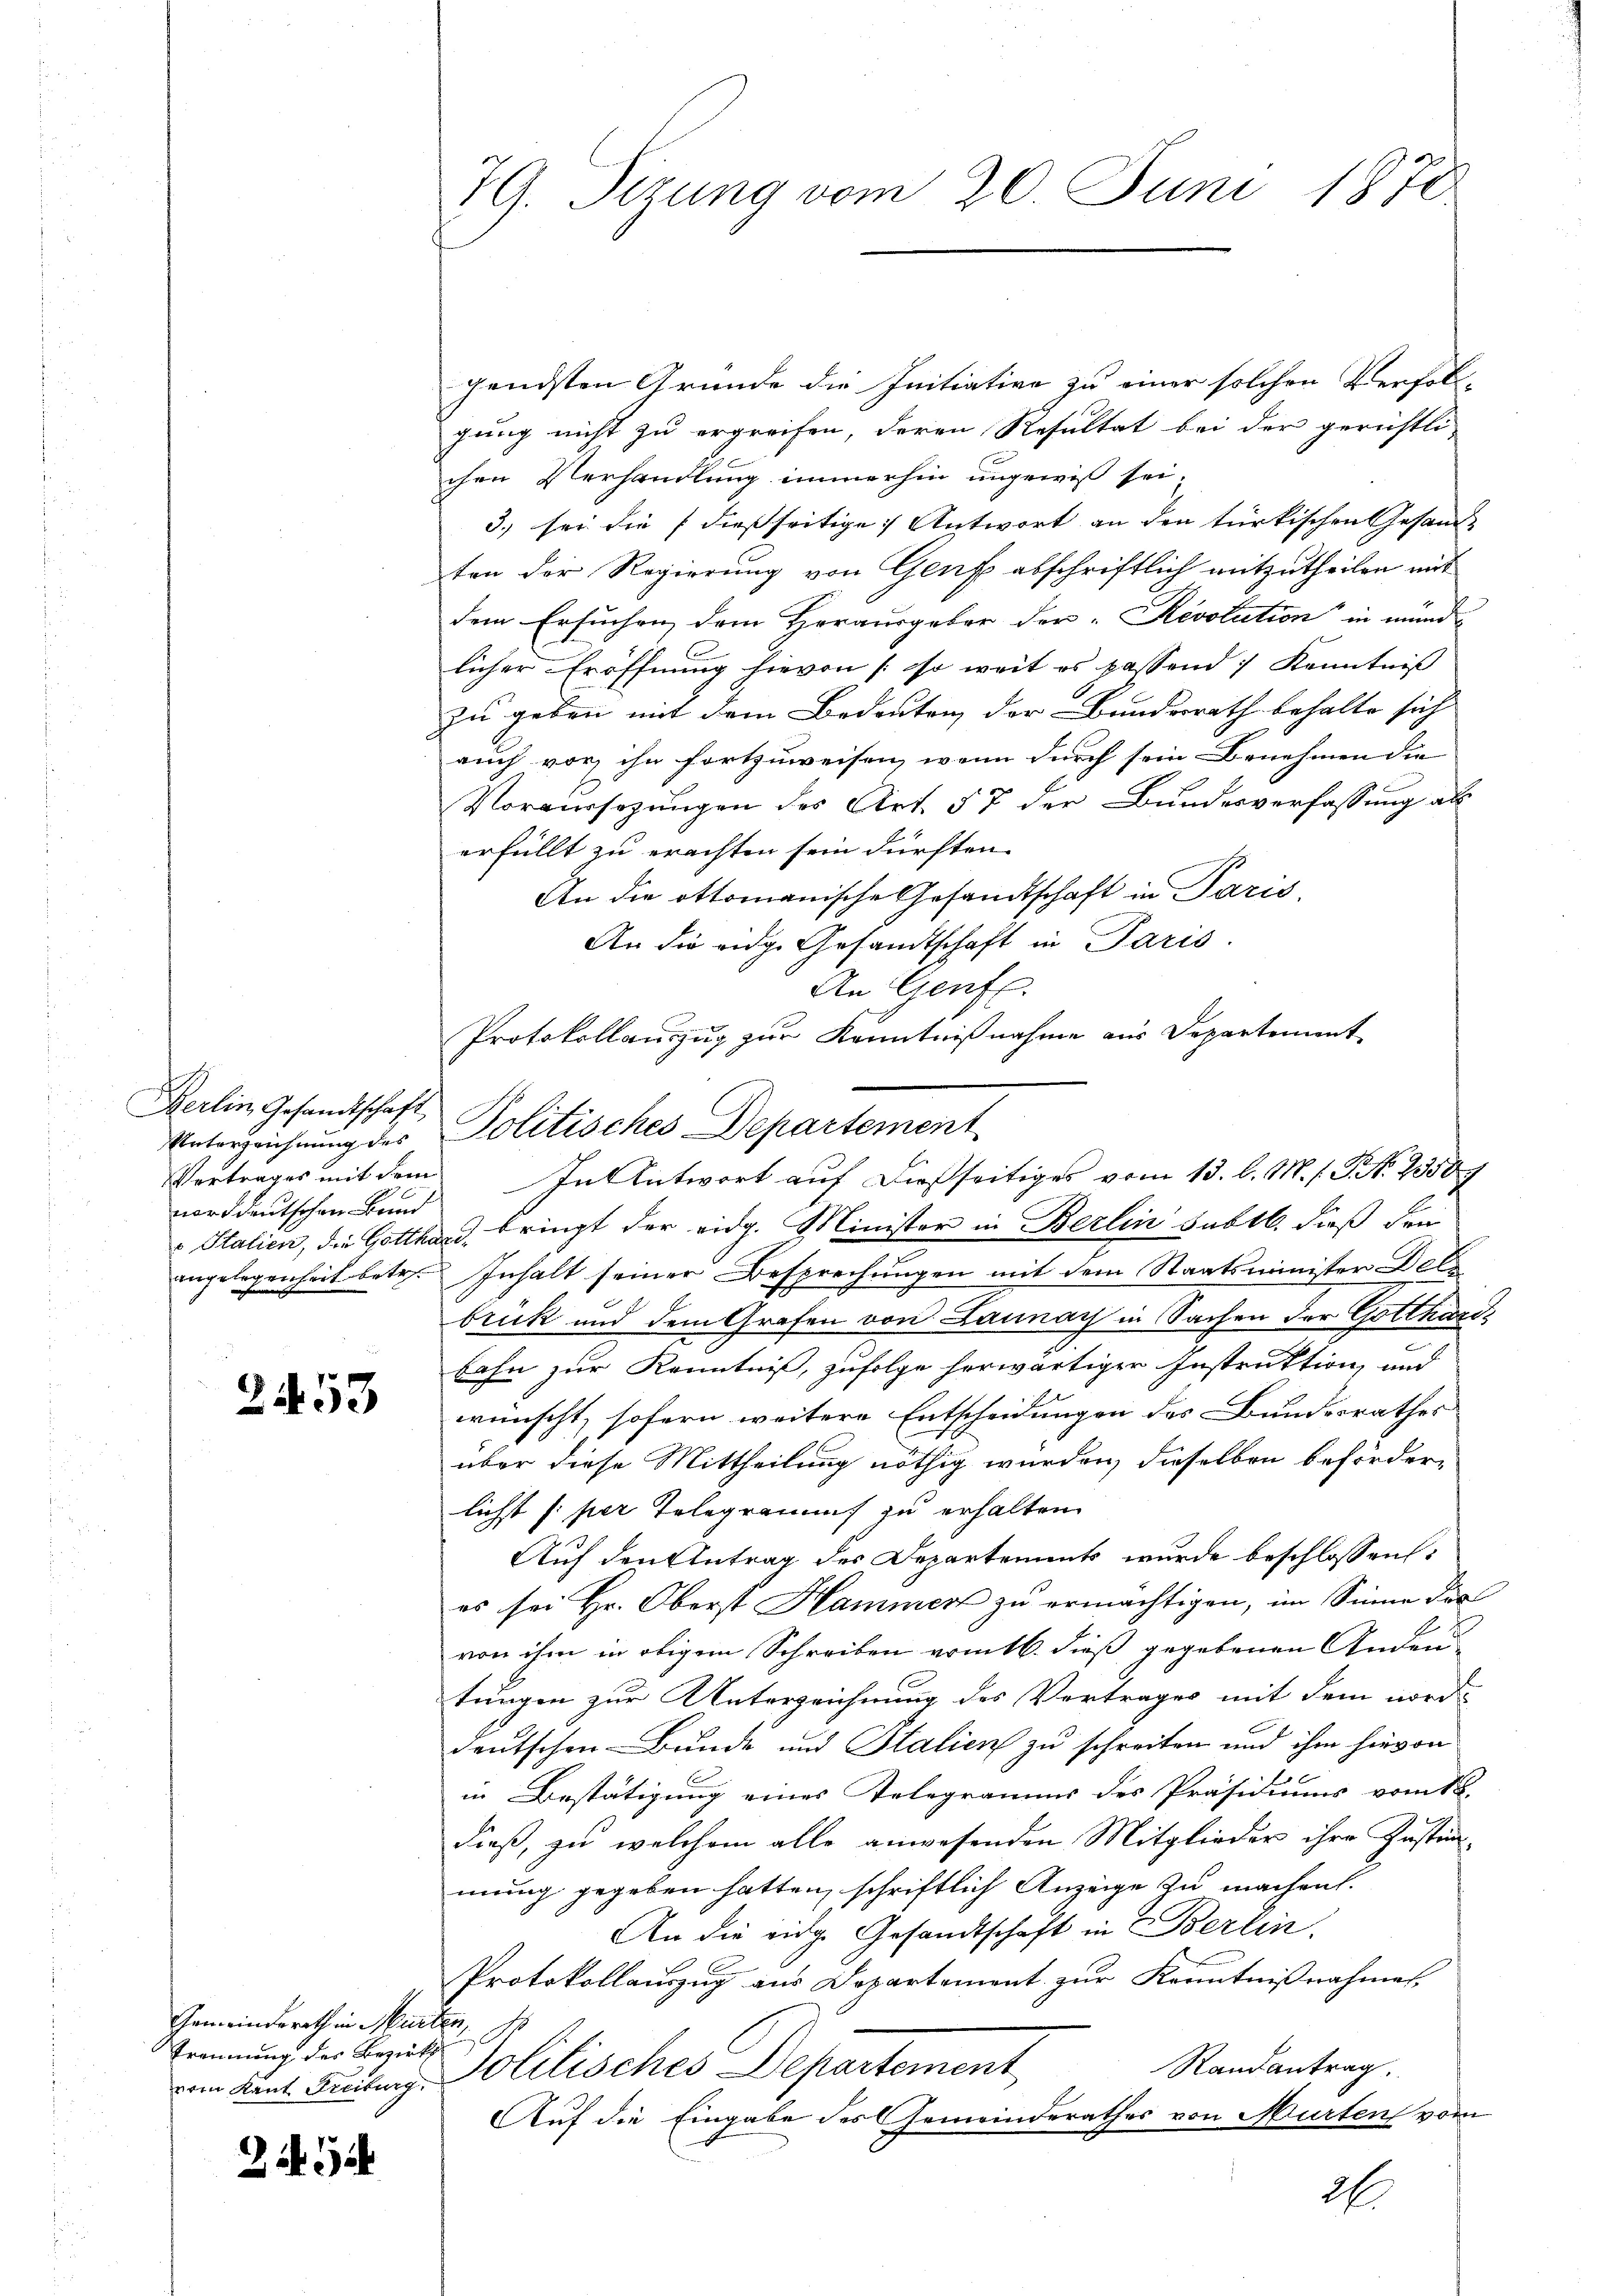
Berlin Gesandtschaft,
norddeutschen Bund

2453

Gemeinderath in Murten.
Trennung der Bezirks B

BASch

79. Sizung vom 20. Juni 1870

gendsten Grunde die Initiative zu einer solchen Verfol-
gung nicht zu ergreifen, deren Resultat bei der gerichtli
chen Verhandlung immerhin ungewiß sei¬
3. sei die dießseitige Antwort an den türkischen Gesandten der Regierung von Genf abschriftlich mitzutheilen mit
dem Ersuchen, dem Herausgeber der Revolution in münd-
licher Eröffnung hievon (so weit es passend) Kenntniß
zu geben mit dem Bedeuten der Bundesrath behalte sich
auch vor, ihn fortzuweisen, wenn durch sein Benehmen die
Voraussezungen des Art. 57 der Bundesverfassung als
erfüllt zu erachten sein dürften.
An die Ottomanische Gesandtschaft in Paris,
An die eidg. Gesandtschaft in Paris.
An Genf.
Protokollauszug zur Kenntnißnahme aus Departement

Unterzeichnung des Politisches Departement

Italien, die Gotthard, bringt der eidg. Minister in Berlin subtl. dieß dei
angelegenheit betr. Inhalt seiner Besprechungen mit dem Staatsminister Dels
brück und dem Grafen von Bannach in Sachen der Gotthards
Lahn zur Kenntniß, zufolge herwärtiger Instruktion und
wünscht, sofern weitere Entscheidungen des Bundesrathes |
über diese Mittheilung nöthig würden, dieselben beförderlichst (: per Telegramms zu erhalten
Auf den Antrag des Departements wurde beschlossen:
es sei Hr. Oberst Hammen zu ermächtigen, im Sinne des
von ihm in obigem Schreiben vom 6. dieß gegebenen Anden
tungen zur Unterzeichnung des Vortrages mit dem nord-
deutschen Bunde und Stalien zu schreiten und ihm hievon
in Bestätigung eines Telegramms des Präsidiums vom 16.
dieß, zu welchem alle anwesenden Mitglieder ihre Instimmung gegeben hatten, schriftlich Anzeige zu machen.
An die eidg. Gesandtschaft in Berlin,
Protokollauszug aus Departement zur Kenntnißnahmen,
Randantrag.
vom Kant. Freiburg, Solitisches Departement
Auf die Eingabe des Gemeinderathes von Murten vom
1

Vertrages mit dem In Antwort auf dießseitiges vom 13. l. M. h. Pro. 1350